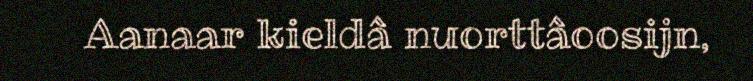
Aanaar kieldâ nuorttâoosijn,